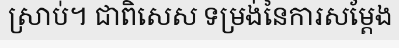
ស្រាប់។ ជាពិសេស ទម្រង់នៃការសម្តែង